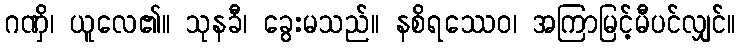
ဂဏှိ၊ ယူလေ၏။ သုနခီ၊ ခွေးမသည်။ နစိရဿေဝ၊ အကြာမြင့်မီပင်လျှင်။